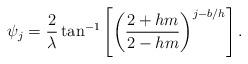
LaTeX: \begin{align*}\psi_{j}=\frac{2}{\lambda}\tan^{-1}\left[\left(\frac{2+hm}{2-hm}\right)^{j-b/h}\right].\end{align*}